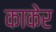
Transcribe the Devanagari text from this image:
काकेर